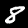
Label: 8